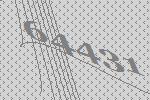
64431